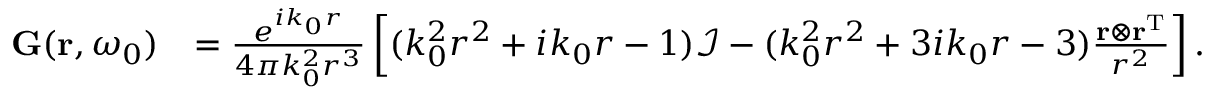
\begin{array} { r l } { { \bf G } ( { \bf r } , \omega _ { 0 } ) } & { = \frac { e ^ { i k _ { 0 } r } } { 4 \pi k _ { 0 } ^ { 2 } r ^ { 3 } } \left[ ( k _ { 0 } ^ { 2 } r ^ { 2 } + i k _ { 0 } r - 1 ) \mathcal { I } - ( k _ { 0 } ^ { 2 } r ^ { 2 } + 3 i k _ { 0 } r - 3 ) \frac { { \bf r } \otimes { \bf r } ^ { \mathrm { T } } } { r ^ { 2 } } \right] . } \end{array}